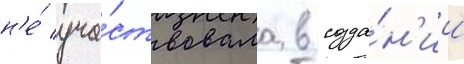
н'е́ уча́ствовала в созда́н'ии